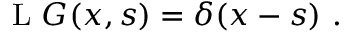
\operatorname { L } \, G ( x , s ) = \delta ( x - s ) ~ .